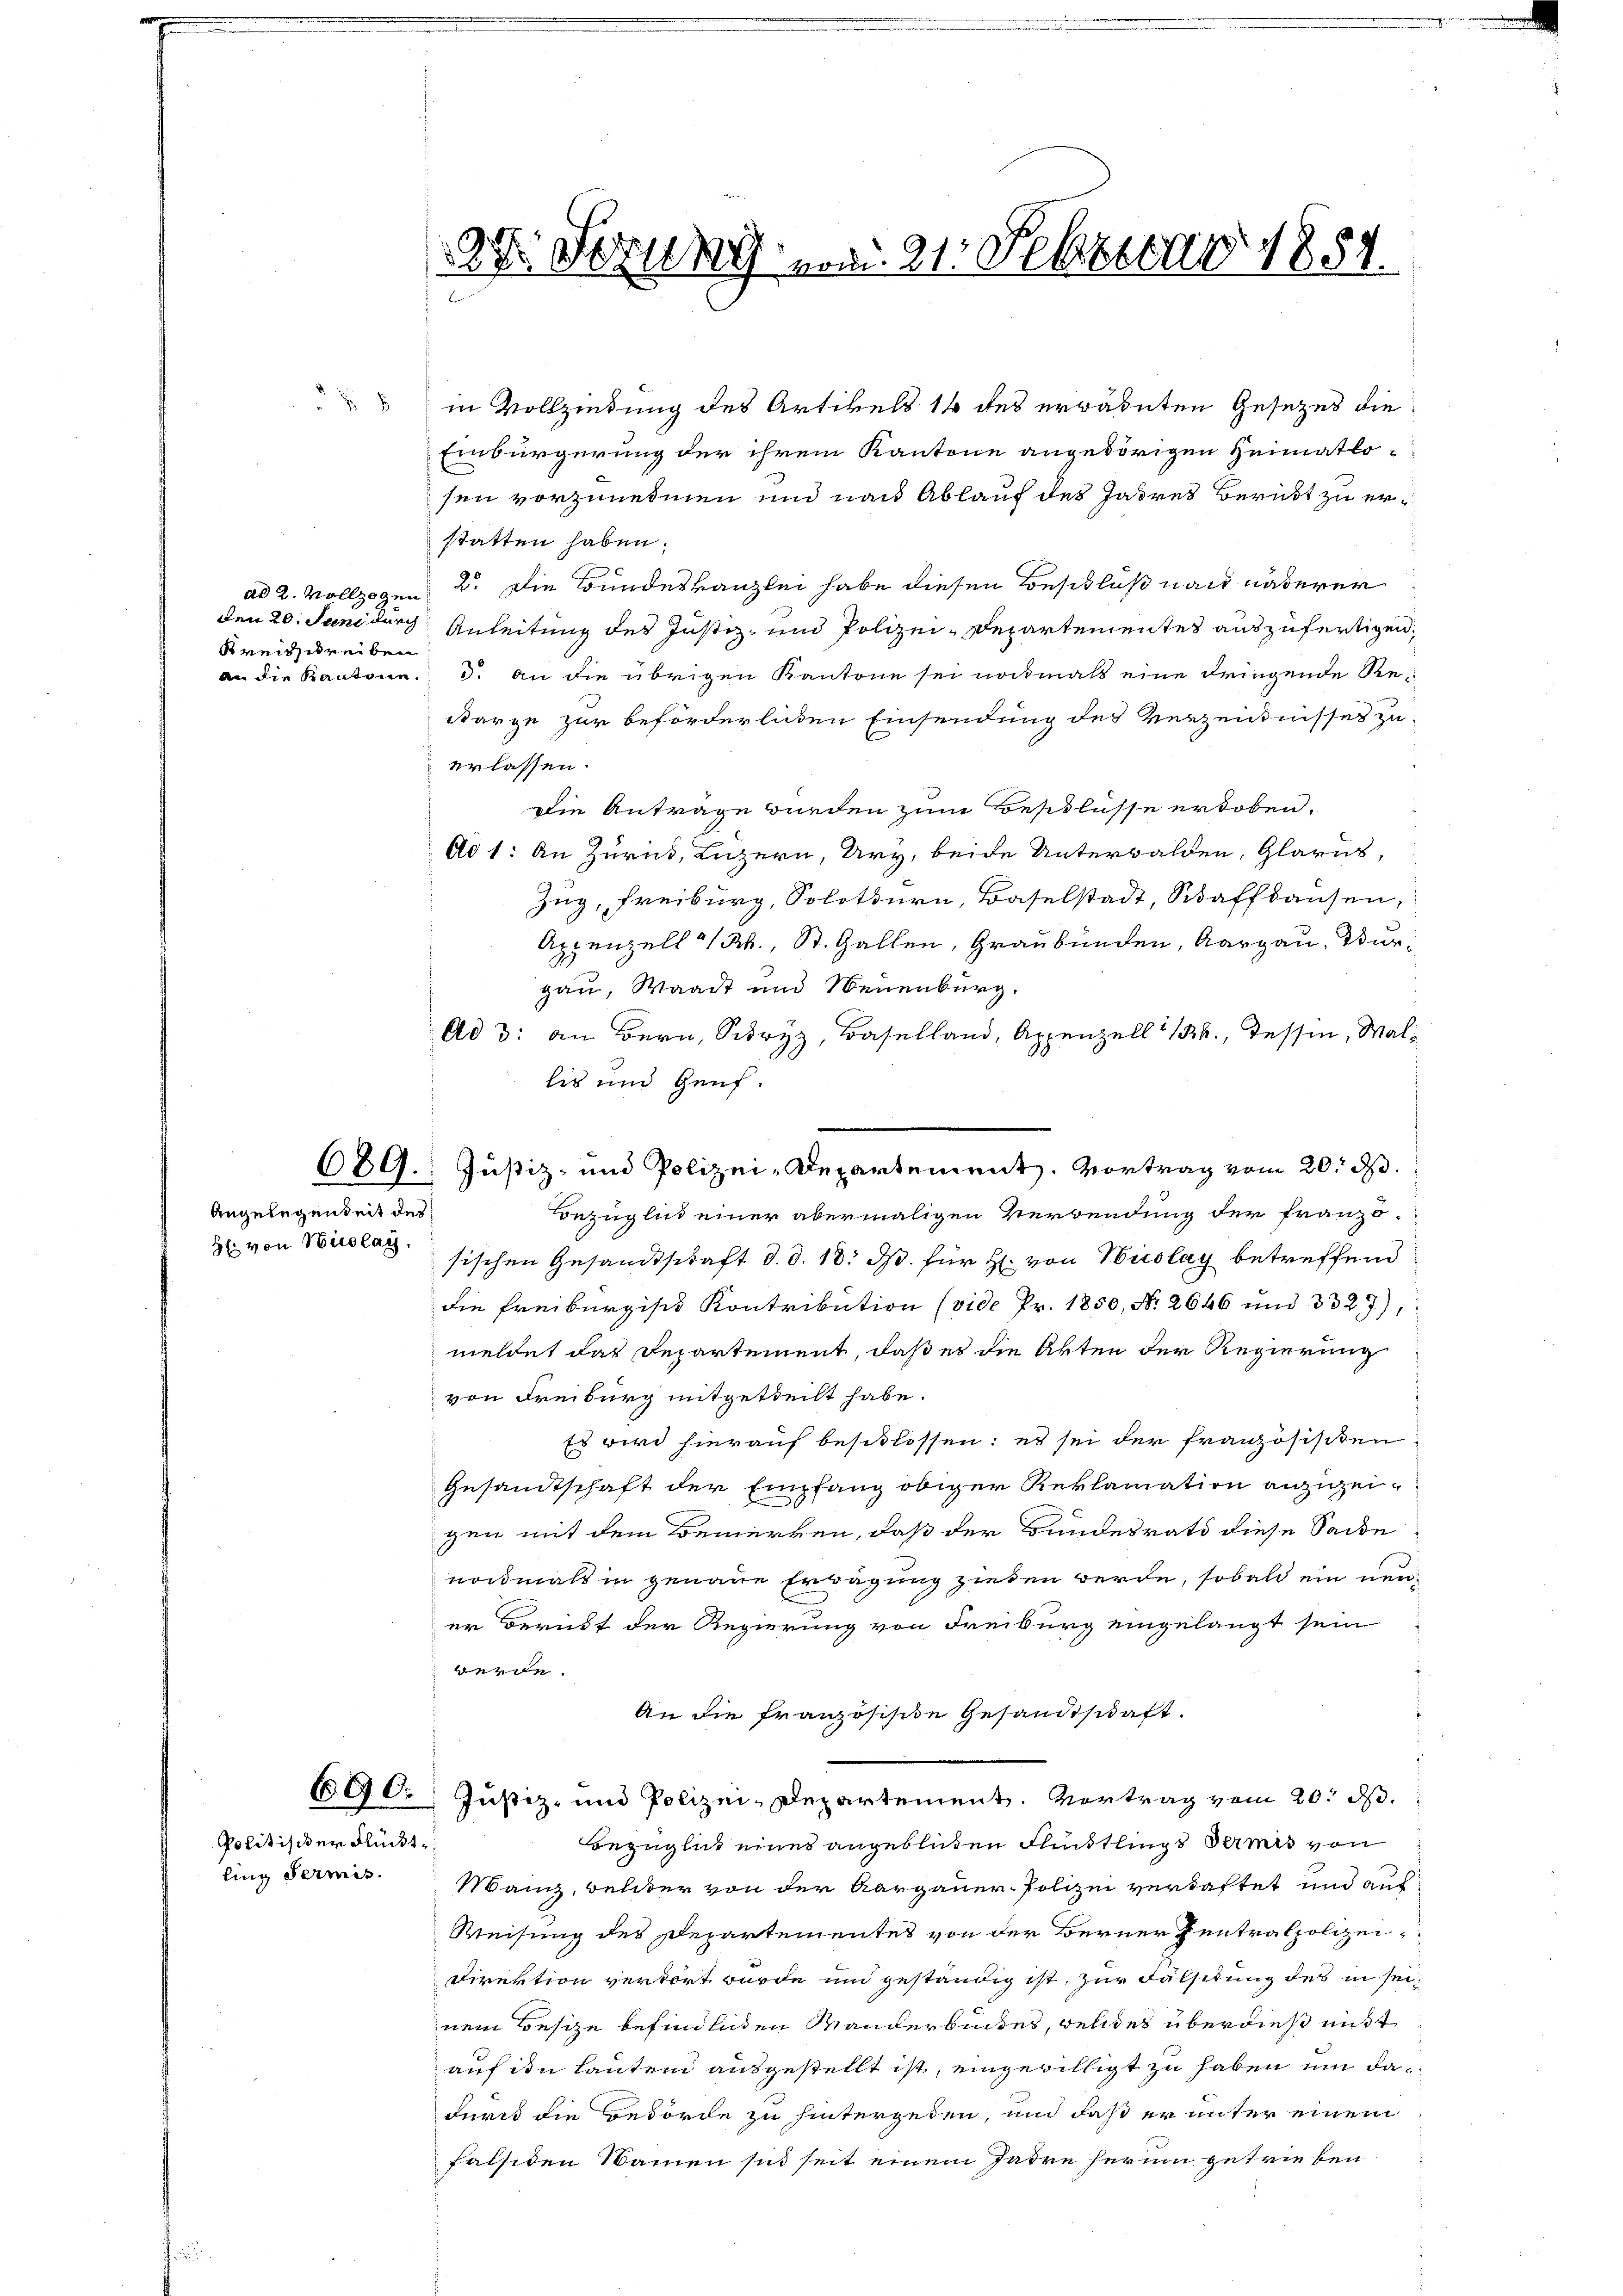
ad 2. Vollzogen
den 20. Juni durch
Kreisschreiben
an die Kantone.

Angelegenheit des
H: von Nicolay.

Politischer Flückt.
ling Sermis.

95. Ferung vom 21. Februar 1857.

Einbürgerung der ihrem Kantone angehörigen Heimatlosen vorzunehmen und nach Ablauf des Jahres Beruht zu erstatten haben.
2. Die Bundeskanzlei habe diesen Beschluß nach näherer
Anleitung des Justiz- und Polizei-Departementes auszufertigen,
d. an die übrigen Kantone sei nochmals eine dringende Rearge zur beförderlichen Einsendung des Verzeichnisses zuerlassen.
Die Antrage wurden zum Beschlasse erhoben,
Ad 1: An Zürich, Luzern, Ury, beide Unterwalden, Glarus,
Zug, Freiburg, Solothurn, Baselstadt, Schaffhausen,
Appenzell a/Rh., St. Gallen, Graubünden, Aargau, Bürgau, Waadt und Neuenburg.
Ad 3: an Bern, Schwyz, Baselland, Appenzell " 1., dessen, Wallis und Genf.
Bezüglich einer abermaligen Verwendung der französischen Gesamtschaft d. d. 18. ds. für H. von Nicolay betreffend
die Freiburgisch Kontribution (vide Pr. 1850, No. 2646 und 332. 7),
meldet das Departement, daß es die Akten der Regierung
von Freiburg mitgetheilt habe.
Es wird hierauf beschlossen: es sei der französischen
Gesandtschaft der Empfang obiger Reklamation anzuzeigen mit dem Bemerken, daß der Bundesrath diese Sacke
nochmals in genaue Erwägung ziehen werde, sobald ein neuer Beruht der Regierung von Freiburg eingelangt sein
werde.
An die französische Gesandtschaft.
690. Justiz- und Polizei-Departement. Vortrag vom 20. d.
Bezüglich eines angeblüten Kindtlings Termis von
Manz, welcher von der Aargauer- Polizei verdaftet und aus
Weisung des Departementes von der Berner Zentralpolizei¬
Direktion vertort wurde und geständig ist, zur Falsitung des in seinem Besize befindlichen Manderbundes, weldes überdieß mißt
auf ihn lauten ausgestellt ist, eingewilligt zu haben um dadurch die Bedörde zu hintergeben, und daß er unter einem
falsiden Namen sind seit einem Jadre herum getrieben

629. Justiz- und Polizei-Departement. Vortrag vom 20. d.

in Vollziehung des Artikels 16 des erwähnten Gesezes die